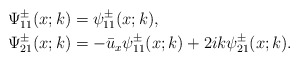
\begin{align*}&\Psi^\pm_{11}(x;k)=\psi^\pm_{11}(x;k),\\&\Psi^\pm_{21}(x;k)=-\bar{u}_x \psi^\pm_{11}(x;k)+ 2ik \psi^\pm_{21}(x;k).\end{align*}